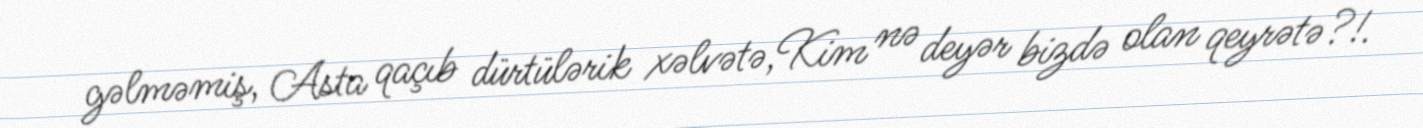
gəlməmiş, Asta qaçıb dürtülərik xəlvətə,Kim nə deyər bizdə olan qeyrətə?!.